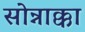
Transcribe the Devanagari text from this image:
सोन्नाक्का